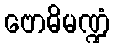
ဗောဓိမဏ္ဍံ